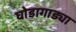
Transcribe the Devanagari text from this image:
घोडागाड्या